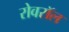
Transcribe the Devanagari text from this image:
रोवरॉल